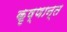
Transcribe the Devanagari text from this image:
कृष्णान्त